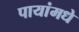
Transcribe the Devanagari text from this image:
पायांमधे